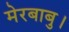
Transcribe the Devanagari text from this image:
मेरबाबु।